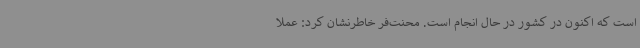
است که اکنون در کشور در حال انجام است. محنت‌فر خاطرنشان کرد: عملا